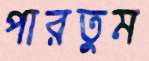
পারতুম